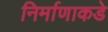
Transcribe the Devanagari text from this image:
निर्माणाकडे